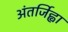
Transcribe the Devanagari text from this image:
अंतर्जिह्वा